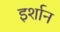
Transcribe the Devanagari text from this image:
इर्शान